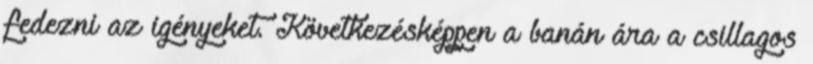
fedezni az igényeket. Következésképpen a banán ára a csillagos